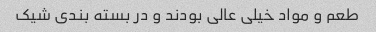
طعم و مواد خیلی عالی بودند و در بسته بندی شیک